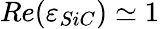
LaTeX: Re(\varepsilon_{SiC})\simeq 1